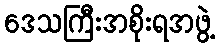
ဒေသကြီးအစိုးရအဖွဲ့